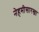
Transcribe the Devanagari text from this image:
नेहमीसारखा